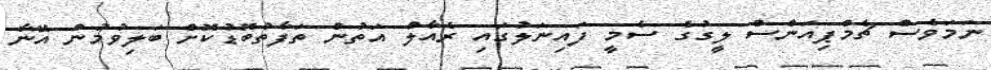
ނަމަވެސް ޗެމްޕިއަންސް ލީގުގެ ސެމީ ފައިނަލުގައި ރެއާލް އަތުން ތަފާތުބޮޑުކޮށް ބަލިވުމުން އޭނާ